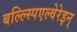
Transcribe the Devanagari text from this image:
बल्ल्स्पिएल्वेरेइन्